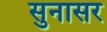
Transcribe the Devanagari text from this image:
सुनासर